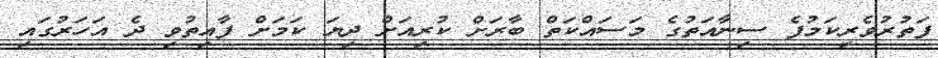
ފަތުރުވެރިކަމުފެ ސިނާއަތުގެ މަސައްކަތް ބާރަށް ކުރިއަށް ދިޔަ ކަމަށް ފާއިތުވި ދެ އަހަރުގައި